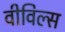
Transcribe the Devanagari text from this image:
वीविल्स